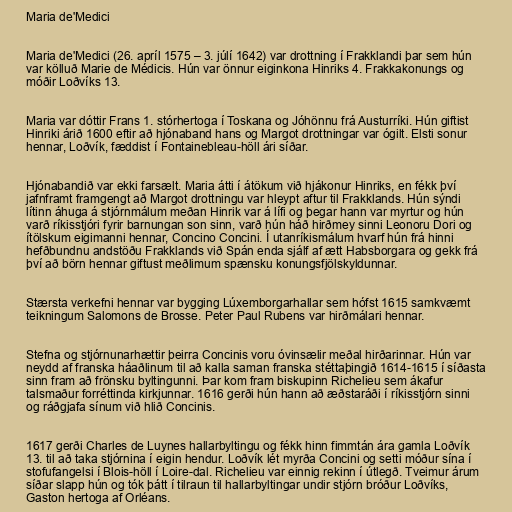
Maria de'Medici

Maria de'Medici (26. apríl 1575 – 3. júlí 1642) var drottning í Frakklandi þar sem hún
var kölluð Marie de Médicis. Hún var önnur eiginkona Hinriks 4. Frakkakonungs og
móðir Loðvíks 13.

Maria var dóttir Frans 1. stórhertoga í Toskana og Jóhönnu frá Austurríki. Hún giftist
Hinriki árið 1600 eftir að hjónaband hans og Margot drottningar var ógilt. Elsti sonur
hennar, Loðvík, fæddist í Fontainebleau-höll ári síðar.

Hjónabandið var ekki farsælt. Maria átti í átökum við hjákonur Hinriks, en fékk því
jafnframt framgengt að Margot drottningu var hleypt aftur til Frakklands. Hún sýndi
lítinn áhuga á stjórnmálum meðan Hinrik var á lífi og þegar hann var myrtur og hún
varð ríkisstjóri fyrir barnungan son sinn, varð hún háð hirðmey sinni Leonoru Dori og
ítölskum eigimanni hennar, Concino Concini. Í utanríkismálum hvarf hún frá hinni
hefðbundnu andstöðu Frakklands við Spán enda sjálf af ætt Habsborgara og gekk frá
því að börn hennar giftust meðlimum spænsku konungsfjölskyldunnar.

Stærsta verkefni hennar var bygging Lúxemborgarhallar sem hófst 1615 samkvæmt
teikningum Salomons de Brosse. Peter Paul Rubens var hirðmálari hennar.

Stefna og stjórnunarhættir þeirra Concinis voru óvinsælir meðal hirðarinnar. Hún var
neydd af franska háaðlinum til að kalla saman franska stéttaþingið 1614-1615 í síðasta
sinn fram að frönsku byltingunni. Þar kom fram biskupinn Richelieu sem ákafur
talsmaður forréttinda kirkjunnar. 1616 gerði hún hann að æðstaráði í ríkisstjórn sinni
og ráðgjafa sínum við hlið Concinis.

1617 gerði Charles de Luynes hallarbyltingu og fékk hinn fimmtán ára gamla Loðvík
13. til að taka stjórnina í eigin hendur. Loðvík lét myrða Concini og setti móður sína í
stofufangelsi í Blois-höll í Loire-dal. Richelieu var einnig rekinn í útlegð. Tveimur árum
síðar slapp hún og tók þátt í tilraun til hallarbyltingar undir stjórn bróður Loðvíks,
Gaston hertoga af Orléans.